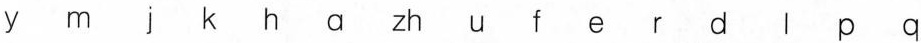
y m j h a zh u f e r d l